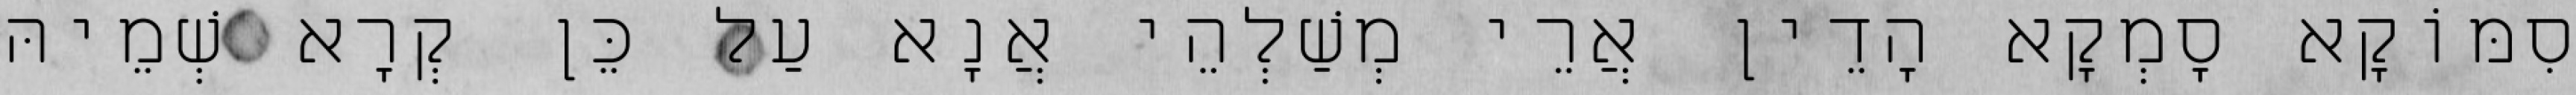
סִמּוֹקָא סָמְקָא הָדֵין אֲרֵי מְשַׁלְהֵי אֲנָא עַל כֵּן קְרָא שְׁמֵיהּ